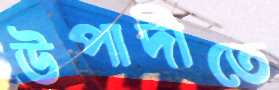
উপাদীতে